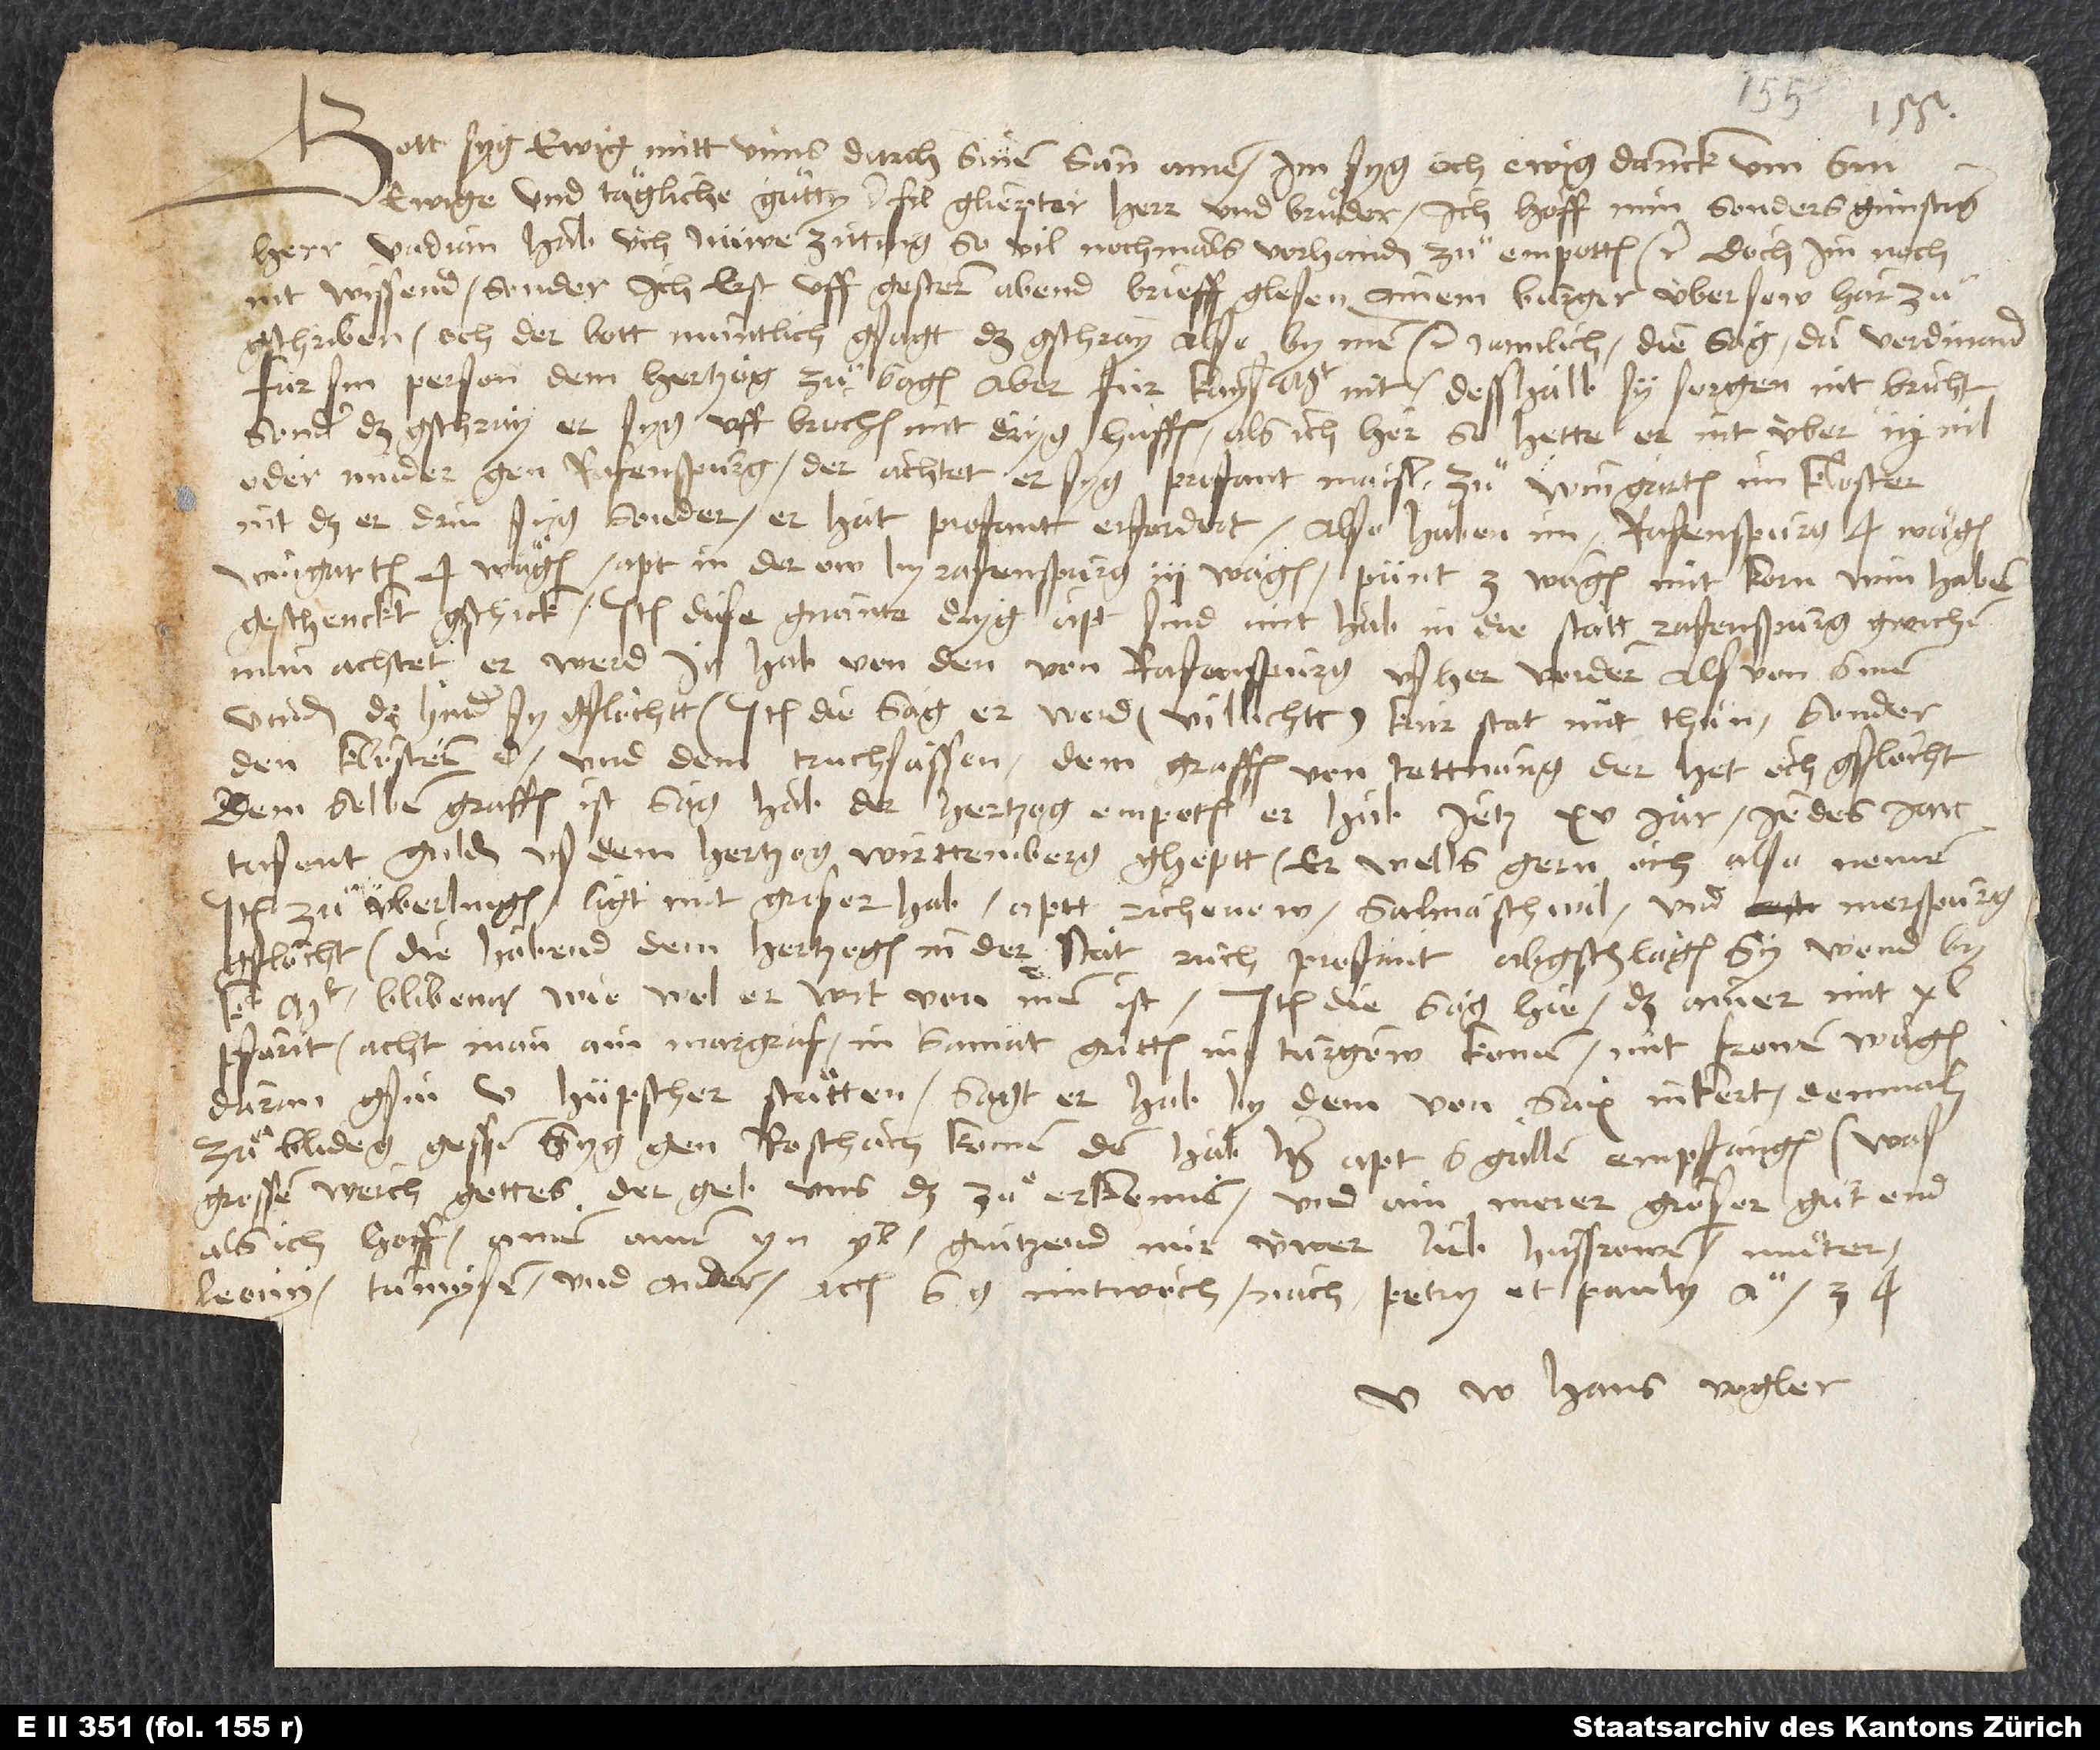
Gott syg ewig mitt unns durch sinen sun. Amen. Im syg och ewig danck um sin
ewige und tägliche guͤtty. Filgliepter herr und bruͦder, ich hoff, min sonders günstiger
herr Vadian hab üch nüwe zittung, so vil nochmals vorhanden, zuͦ empotten etc. Doch im noch
nit wissend, sonder ich lest uff gestern abend brieff glesen, ainem burger über sew har
zuͦgschriben, och der bott muntlich gsagt, das gschray also by inen etc.: namlich die sag, da Verdinand
für kayst blibenn, wiewol er wit von inen ist. Item die sag hie: daß ainer mit 40
pfärit - acht man ain margraf - in samat gritten in Turgow komen mit frowen wägen,
daran gsin 5 hüpscher stuten. Sagt, er hab by dem von Sax inkert, demnach
zuͦ Blideg gessen; syg gen Roschach komen; den hab her apt S. Gallen empfangen. Was
grossen werch gottes; der geb uns das zuͦ erkennen, und ain merer groser guͦt end,
als ich hoff. Amen, amen. Yn yl. Gruͤtzend mir üwer lieb husfrowen, muter,
Ü Hans Vogler.